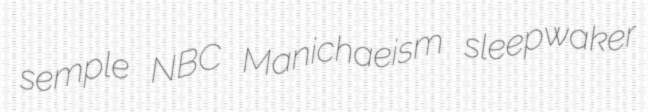
semple NBC Manichaeism sleepwaker